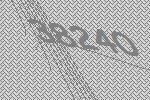
38240